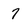
Character: 7